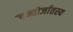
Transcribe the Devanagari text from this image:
जन्तोर्जातस्य